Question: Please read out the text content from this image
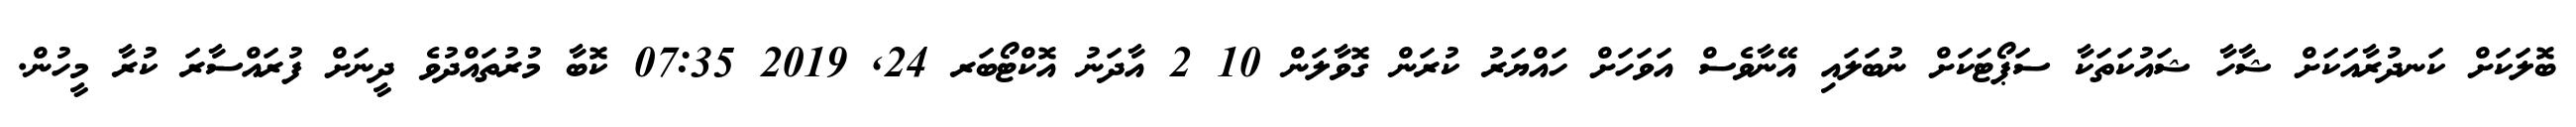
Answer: ބޮލަކަށް ކަނދުރާއަކަށް ޝާހާ ޝައުކަތަކާ ސަޕޯޓަކަށް ނުބަލައި އޭނާވެސް އަވަހަށް ހައްޔަރު ކުރަން ގޮވާލަން 10 2 އާދަނު އޮކްޓޯބަރ 24, 2019 07:35 ކޮބާ މުރުތައްދުވެ ދީނަށް ފުރައްސާރަ ކުރާ މީހުން.